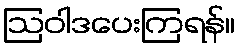
ဩဝါဒပေးကြရန်။